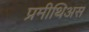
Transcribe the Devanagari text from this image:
प्रमीथिअस